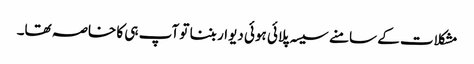
مشکلات کے سامنے سیسہ پلائی ہوئی دیوار بننا تو آپ ہی کا خاصہ تھا۔